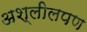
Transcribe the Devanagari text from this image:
अश्लीलपण